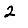
Digit: 2